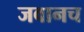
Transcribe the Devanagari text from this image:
जवानच